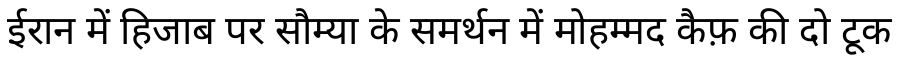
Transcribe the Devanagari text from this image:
ईरान में हिजाब पर सौम्या के समर्थन में मोहम्मद कैफ़ की दो टूक